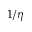
1 / \eta